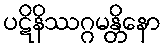
ပဋိနိဿဂ္ဂမန္တိနော